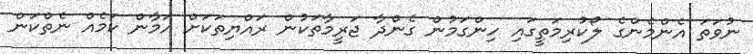
ނުވަތަ އެންމެންގެ ލޯކުރިމަތީގައި ހިންގަމުން ގެންދާ ޖަރީމާތަކުން ރައްޔިތަކަށް އަމާން ކަމެއް ނެތްކަން